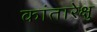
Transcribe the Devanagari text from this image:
कांतारेक्षु